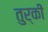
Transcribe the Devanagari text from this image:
तुर्कीं